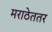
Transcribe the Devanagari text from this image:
मराठेततर